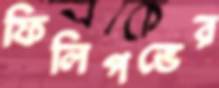
ফিলিপভের